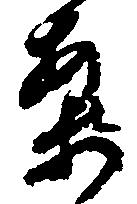
案